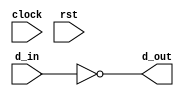
module single_inv
(
    d_in,
    d_out,
    clock,
    rst
);

    input clock;
    input rst;
    input d_in;

    output d_out;

    assign d_out = ~d_in;

endmodule